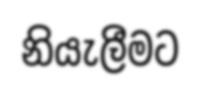
නියැලීමට